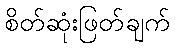
စိတ်ဆုံးဖြတ်ချက်